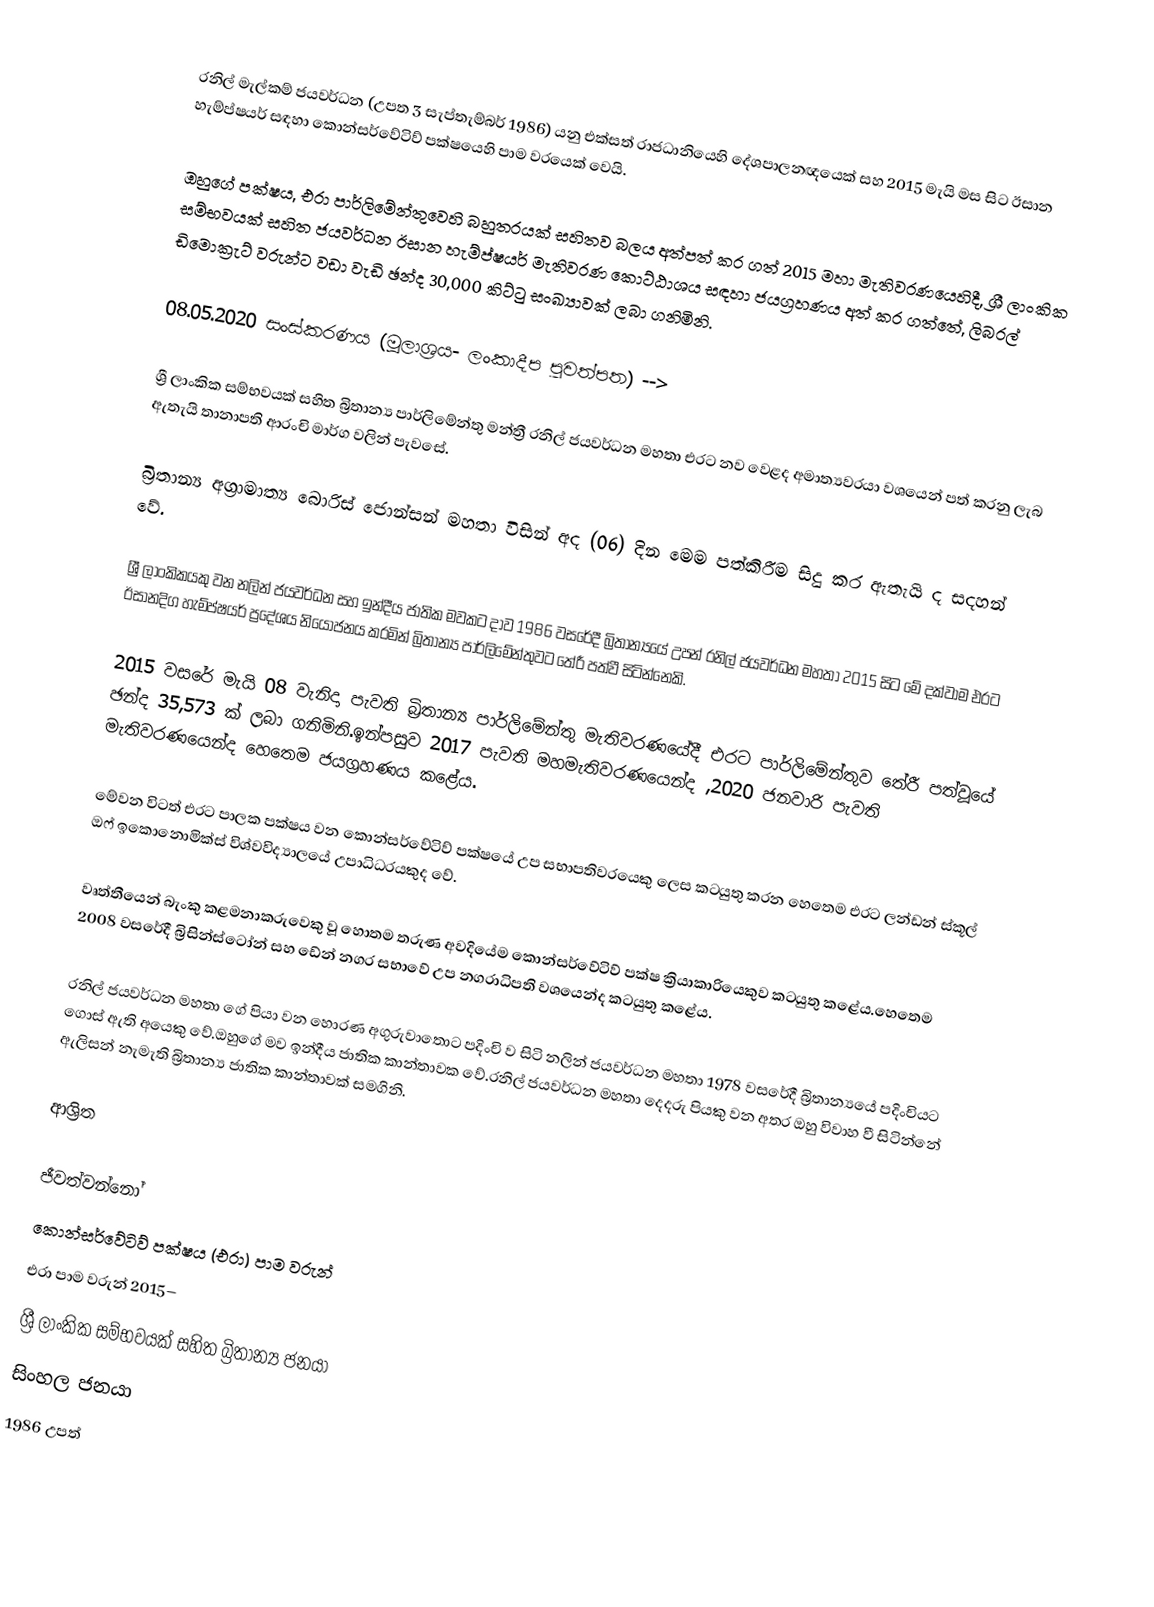
රනිල් මැල්කම් ජයවර්ධන (උපත 3 සැප්තැම්බර් 1986)  යනු එක්සත් රාජධානියෙහි දේශපාලනඥයෙක් සහ 2015 මැයි මස සිට  ඊසාන හැම්ප්ෂයර්  සඳහා   කොන්සර්වේටිව් පක්ෂයෙහි පාම වරයෙක් වෙයි.

ඔහුගේ පක්ෂය, එරා පාර්ලිමේන්තුවෙහි බහුතරයක් සහිතව බලය අත්පත් කර ගත් 2015 මහා මැතිවරණයෙහිදී, ශ්‍රී ලාංකික සම්භවයක් සහිත ජයවර්ධන ඊසාන හැම්ප්ෂයර් මැතිවරණ කොට්ඨාශය සඳහා ජයග්‍රහණය අත් කර ගත්තේ, ලිබරල් ඩිමොක්‍රැට් වරුන්ට වඩා වැඩි ඡන්ද 30,000 කිට්ටු සංඛ්‍යාවක් ලබා ගනිමිනි.

08.05.2020 සංස්කරණය (මූලාශ්‍රය- ලංකාදීප පුවත්පත) -->

ශ්‍රී ලාංකික සම්භවයක් සහිත බ්‍රිතාන්‍ය පාර්ලිමේන්තු මන්ත්‍රී රනිල් ජයවර්ධන මහතා  එරට නව වෙළද අමාත්‍යවරයා වශයෙන් පත් කරනු ලැබ ඇතැයි තානාපති ආරංචි මාර්ග වලින් පැවසේ.

බ්‍රිතාන්‍ය අග්‍රාමාත්‍ය බොරිස් ජොන්සන් මහතා විසින් අද (06) දින මෙම පත්කිරීම සිදු කර ඇතැයි ද සදහන් වේ.

ශ්‍රී ලාංකිකයකු වන නලින් ජයවර්ධන සහ ඉන්දීය ජාතික මවකට දාව 1986 වසරේදී බ්‍රිතාන්‍යයේ උපන් රනිල් ජයවර්ධන මහතා 2015 සිට මේ දක්වාම එරට ඊසානදිග හැම්ප්ෂයර් ප්‍රදේශය නියෝජනය කරමින් බ්‍රිතාන්‍ය පාර්ලිමේන්තුවට තේරී පත්වී සිටින්නෙකි.

2015 වසරේ මැයි 08 වැනිදා පැවති බ්‍රිතාන්‍ය පාර්ලිමේන්තු මැතිවරණයේදී එරට පාර්ලිමේන්තුව තේරී පත්වූයේ ඡන්ද 35,573 ක් ලබා ගනිමිනි.ඉන්පසුව 2017 පැවති මහමැතිවරණයෙන්ද ,2020 ජනවාරි පැවති මැතිවරණයෙන්ද හෙතෙම ජයග්‍රහණය කළේය.

මේවන විටත් එරට පාලක පක්ෂය වන කොන්සර්වේටිව් පක්ෂයේ උප සභාපතිවරයෙකු ලෙස කටයුතු කරන හෙතෙම එරට ලන්ඩන් ස්කූල් ඔෆ් ඉකොනොමික්ස් විශ්වවිද්‍යාලයේ උපාධිධරයකුද වේ.

වෘත්තීයෙන් බැංකු කළමනාකරුවෙකු වූ හොතම තරුණ අවදියේම කොන්සර්වේටිව් පක්ෂ ක්‍රියාකාරියෙකුව කටයුතු කළේය.හෙතෙම 2008 වසරේදී බ්‍රිසින්ස්ටෝන් සහ ඩේන් නගර සභාවේ උප නගරාධිපති වශයෙන්ද කටයුතු කළේය.

රනිල් ජයවර්ධන මහතා ගේ පියා වන හොරණ අගුරුවාතොට පදිංචි ව සිටි නලින් ජයවර්ධන මහතා 1978 වසරේදී බ්‍රිතාන්‍යයේ පදිංචියට ගොස් ඇති අයෙකු වේ.ඔහුගේ මව ඉන්දීය ජාතික කාන්තාවක වේ.රනිල් ජයවර්ධන මහතා දෙදරු පියකු වන අතර ඔහු විවාහ වී සිටින්නේ ඇලිසන් නැමැති බ්‍රිතාන්‍ය ජාතික කාන්තාවක් සමගිනි.

ආශ්‍රිත

ජීවත්වන්නෝ
කොන්සර්වේටිව් පක්ෂය (එරා) පාම වරුන්
එරා පාම වරුන් 2015–
ශ්‍රී ලාංකික සම්භවයක් සහිත බ්‍රිතාන්‍ය ජනයා
සිංහල ජනයා
1986 උපත්